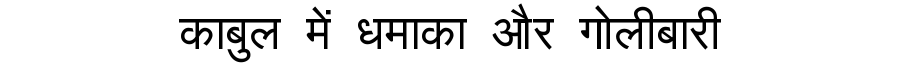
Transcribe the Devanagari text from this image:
काबुल में धमाका और गोलीबारी